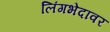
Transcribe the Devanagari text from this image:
लिंगभेदावर